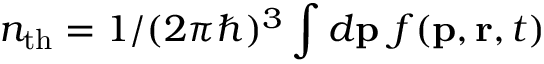
n _ { \mathrm { t h } } = 1 / ( 2 \pi \hbar ) ^ { 3 } \int d \mathbf { p } ~ f ( \mathbf { p } , \mathbf { r } , t )